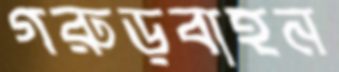
গরুড়বাহন